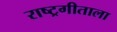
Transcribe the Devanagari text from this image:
राष्ट्रगीताला